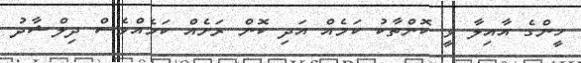
ހީންގެ އާއިލާ ވީ ކޮންތާކު ކަމެއް އަދި ކޮން ރަށެއް ކަމެއްވެސް ދިލްޝާދު